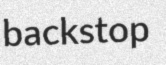
backstop